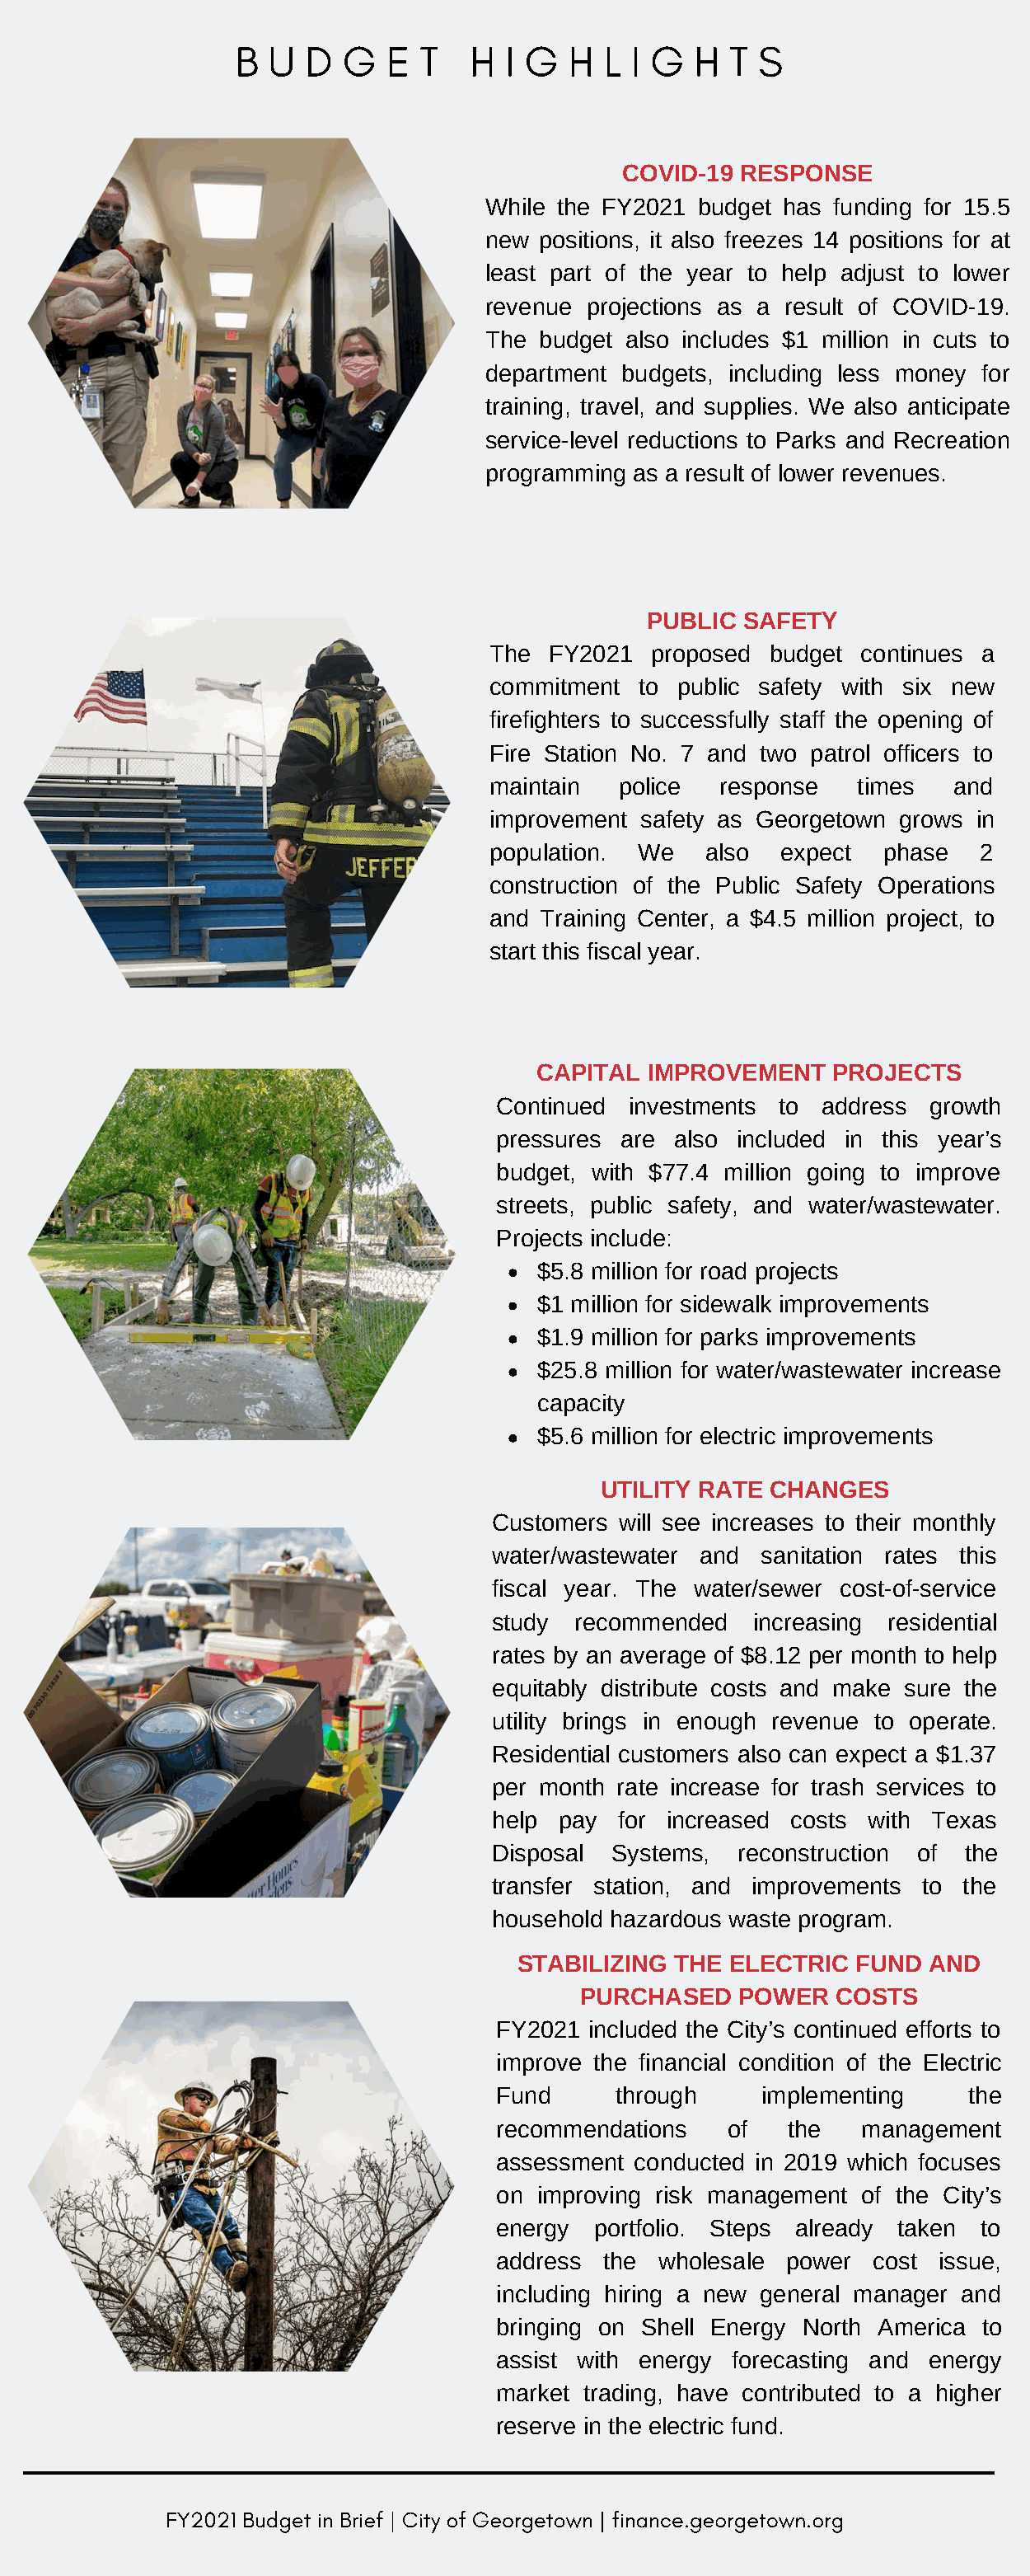
B  U D   G  E  T   H  I G  H  L I G  H  T S
 COVID-19 RESPONSE
 While the FY2021 budget has funding for 15.5
 new positions, it also freezes 14 positions for at
 least part of the year to help adjust to lower
 revenue projections as a result of COVID-19.
 The budget also includes $1 million in cuts to
 department budgets, including less money for
 training, travel, and supplies. We also anticipate
 service-level reductions to Parks and Recreation
 programming as a result of lower revenues.
 PUBLIC  SAFETY
 The  FY2021  proposed  budget continues a
 commitment  to public safety with six new
 firefighters to successfully staff the opening of
 Fire Station No. 7 and two patrol officers to
 maintain   police  response   times   and
 improvement safety as Georgetown grows in
 population. We    also  expect  phase   2
 construction of the Public Safety Operations
 and Training Center, a $4.5 million project, to
 start this fiscal year.
 CAPITAL  IMPROVEMENT    PROJECTS
 Continued investments  to address  growth
 pressures are also included in this year’s
 budget, with $77.4 million going to improve
 streets, public safety, and water/wastewater.
 Projects include:
 $5.8 million for road projects
 $1 million for sidewalk improvements
 $1.9 million for parks improvements
 $25.8 million for water/wastewater increase
 capacity
 $5.6 million for electric improvements
 UTILITY RATE  CHANGES
 Customers will see increases to their monthly
 water/wastewater and sanitation rates this
 fiscal year. The water/sewer cost-of-service
 study recommended    increasing residential
 rates by an average of $8.12 per month to help
 equitably distribute costs and make sure the
 utility brings in enough revenue to operate.
 Residential customers also can expect a $1.37
 per month rate increase for trash services to
 help pay  for increased costs with Texas
 Disposal Systems,  reconstruction of  the
 transfer station, and improvements to the
 household hazardous waste program.
 STABILIZING THE  ELECTRIC  FUND  AND
 PURCHASED   POWER   COSTS
 FY2021 included the City’s continued efforts to
 improve the financial condition of the Electric
 Fund     through     implementing     the
 recommendations   of   the   management
 assessment conducted in 2019 which focuses
 on improving risk management of the City’s
 energy  portfolio. Steps already taken to
 address the  wholesale power  cost issue,
 including hiring a new general manager and
 bringing on Shell Energy North America to
 assist with energy forecasting and energy
 market trading, have contributed to a higher
 reserve in the electric fund.
 FY2021 Budget in Brief | City of Georgetown | finance.georgetown.org